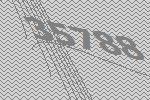
35788